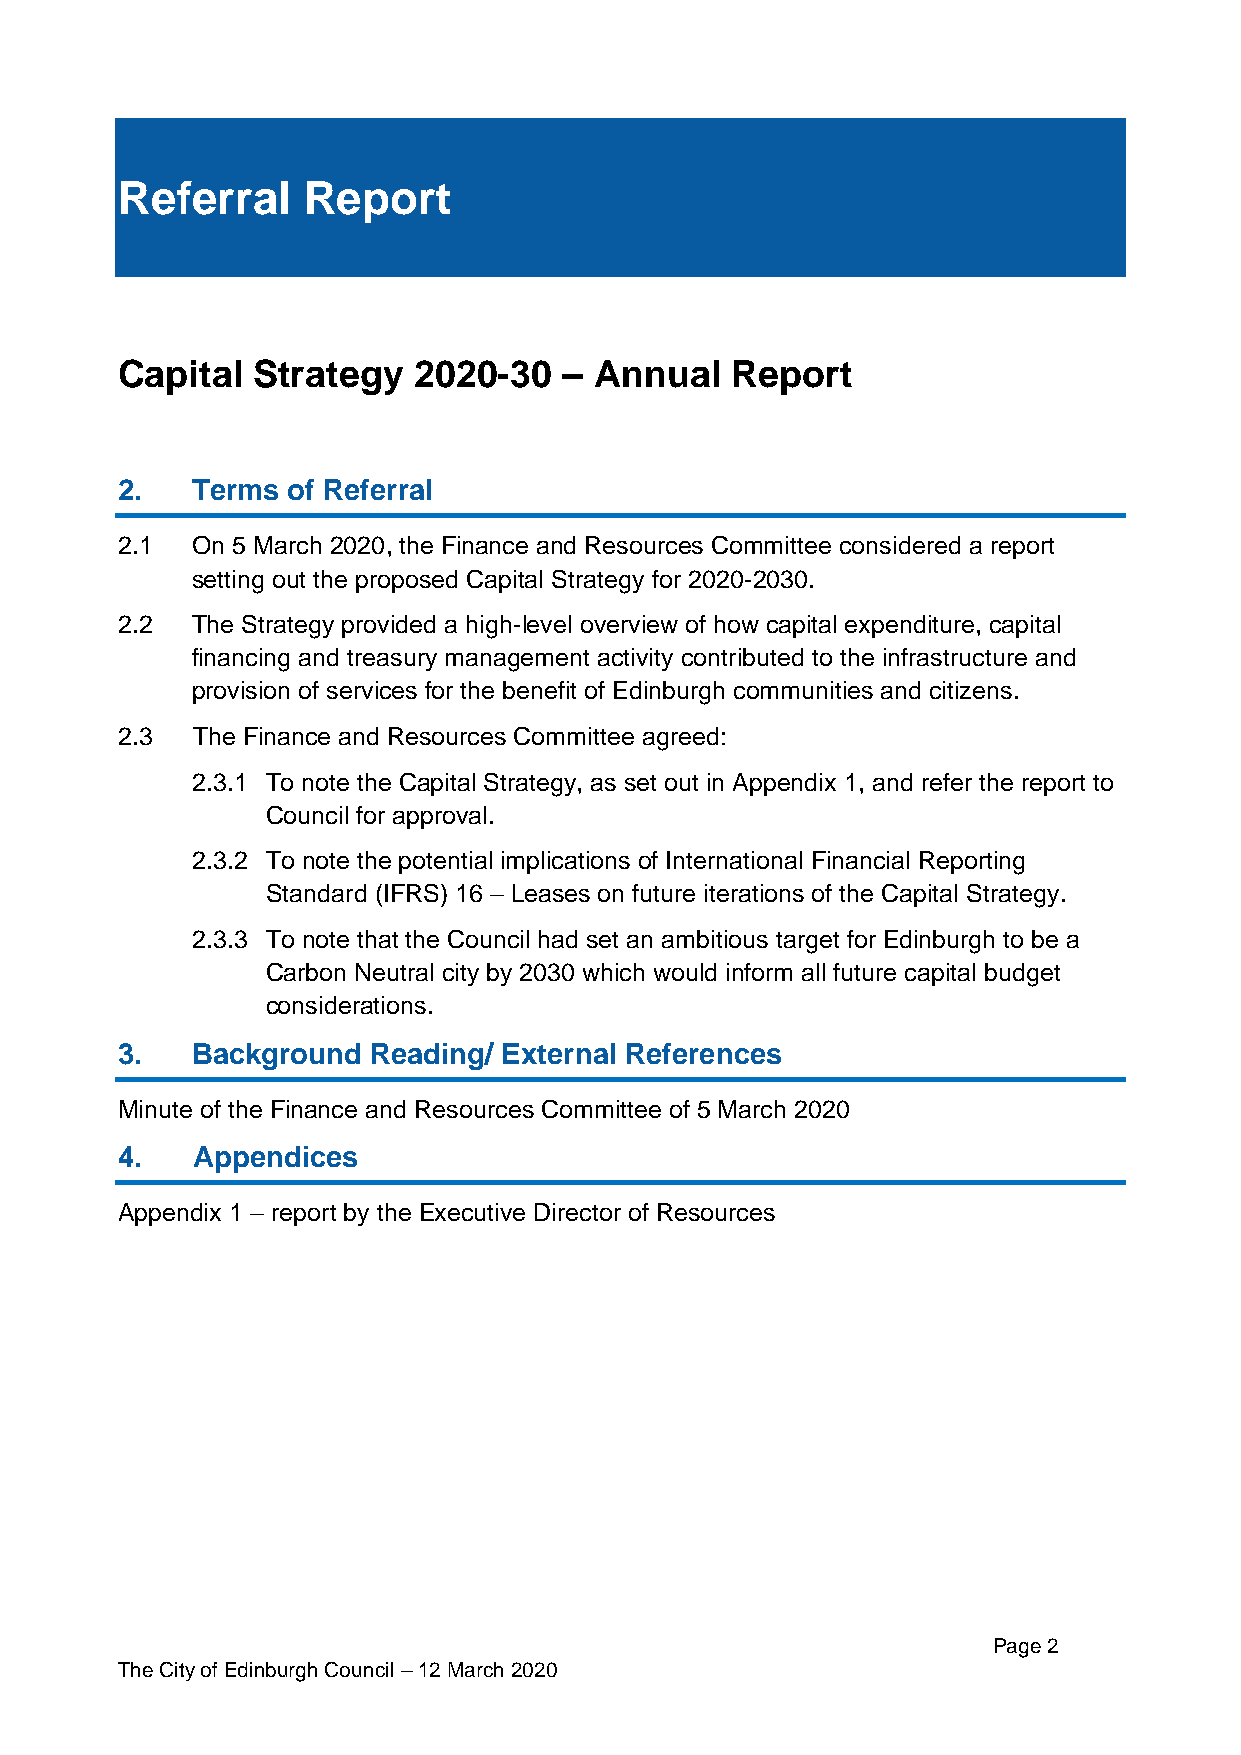
Referral    Report
 Capital  Strategy  2020-30   – Annual   Report
 2.   Terms of Referral
 2.1  On 5 March 2020, the Finance and Resources Committee considered a report
 setting out the proposed Capital Strategy for 2020-2030.
 2.2  The Strategy provided a high-level overview of how capital expenditure, capital
 financing and treasury management activity contributed to the infrastructure and
 provision of services for the benefit of Edinburgh communities and citizens.
 2.3  The Finance and Resources Committee agreed:
 2.3.1 To note the Capital Strategy, as set out in Appendix 1, and refer the report to
 Council for approval.
 2.3.2 To note the potential implications of International Financial Reporting
 Standard (IFRS) 16 – Leases on future iterations of the Capital Strategy.
 2.3.3 To note that the Council had set an ambitious target for Edinburgh to be a
 Carbon Neutral city by 2030 which would inform all future capital budget
 considerations.
 3.   Background Reading/ External References
 Minute of the Finance and Resources Committee of 5 March 2020
 4.   Appendices
 Appendix 1 – report by the Executive Director of Resources
 Page 2
 The City of Edinburgh Council – 12 March 2020